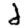
Digit: 2